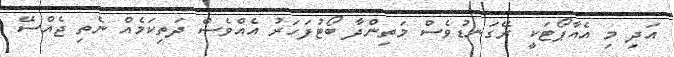
އަދި މި އެއާޕޯޓަކީ ރޭގަނޑުވެސް މަތިންދާ ބޯޓުފަހަރު އެއްވެސް ދަތިކަމެއް ނެތި ޖެއްސޭ